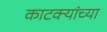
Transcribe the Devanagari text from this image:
काटक्यांच्या